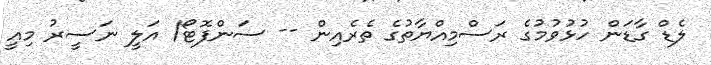
ލެޑް ގާޑަން ހުޅުވުމުގެ ރަސްމިއްޔާތުގެ ތެރެއިން -- ސަންފޮޓޯ/ އަލީ ނަސީރު މިއީ